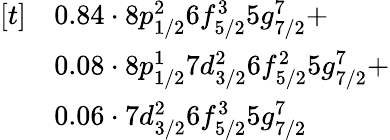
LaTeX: \begin{array}{rl}{[t]}&{0.84\cdot 8p_{1/2}^{2}6f_{5/2}^{3}5g_{7/2}^{7}+}\\ &{0.08\cdot 8p_{1/2}^{1}7d_{3/2}^{2}6f_{5/2}^{2}5g_{7/2}^{7}+}\\ &{0.06\cdot 7d_{3/2}^{2}6f_{5/2}^{3}5g_{7/2}^{7}}\end{array}